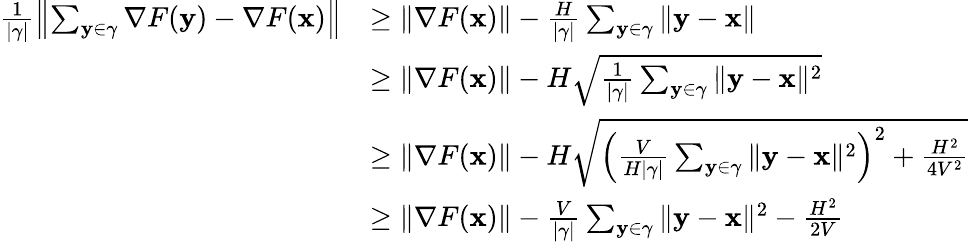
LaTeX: \begin{array}{rl}{\frac{1}{|\gamma|}\left\| \sum_{\mathbf{y}\in\gamma}\nabla F(\mathbf{y})-\nabla F({\mathbf x})\right\| }&{\ge\| \nabla F({\mathbf x})\| -\frac{H}{|\gamma|}\sum_{\mathbf{y}\in\gamma}\| \mathbf{y}-{\mathbf x}\| }\\ &{\ge\| \nabla F({\mathbf x})\| -H\sqrt{\frac{1}{|\gamma|}\sum_{\mathbf{y}\in\gamma}\| \mathbf{y}-{\mathbf x}\| ^{2}}}\\ &{\ge\| \nabla F({\mathbf x})\| -H\sqrt{\left(\frac{V}{H|\gamma|}\sum_{\mathbf{y}\in\gamma}\| \mathbf{y}-{\mathbf x}\| ^{2}\right)^{2}+\frac{H^{2}}{4V^{2}}}}\\ &{\ge\| \nabla F({\mathbf x})\| -\frac{V}{|\gamma|}\sum_{\mathbf{y}\in\gamma}\| \mathbf{y}-{\mathbf x}\| ^{2}-\frac{H^{2}}{2V}}\end{array}